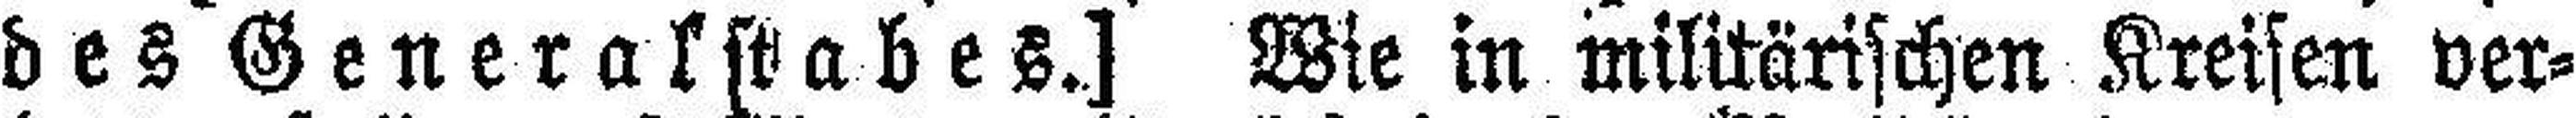
des Generalstrabes.] Wie in militärischen Kreisen ver¬